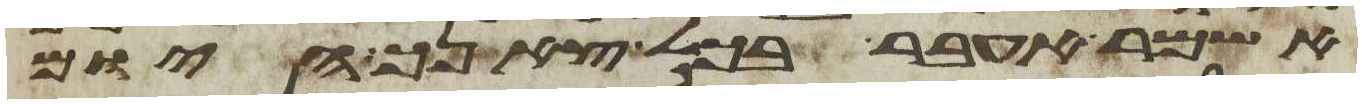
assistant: אשמר אעבר בכל צאנך היום